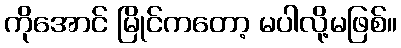
ကိုအောင် မြိုင်ကတော့ မပါလို့မဖြစ်။